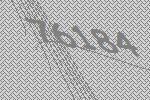
76184